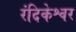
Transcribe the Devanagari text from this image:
रंदिकेश्वर